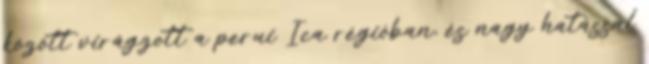
között virágzott a perui Ica régióban, és nagy hatással